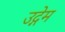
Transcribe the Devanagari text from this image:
उद्गेम